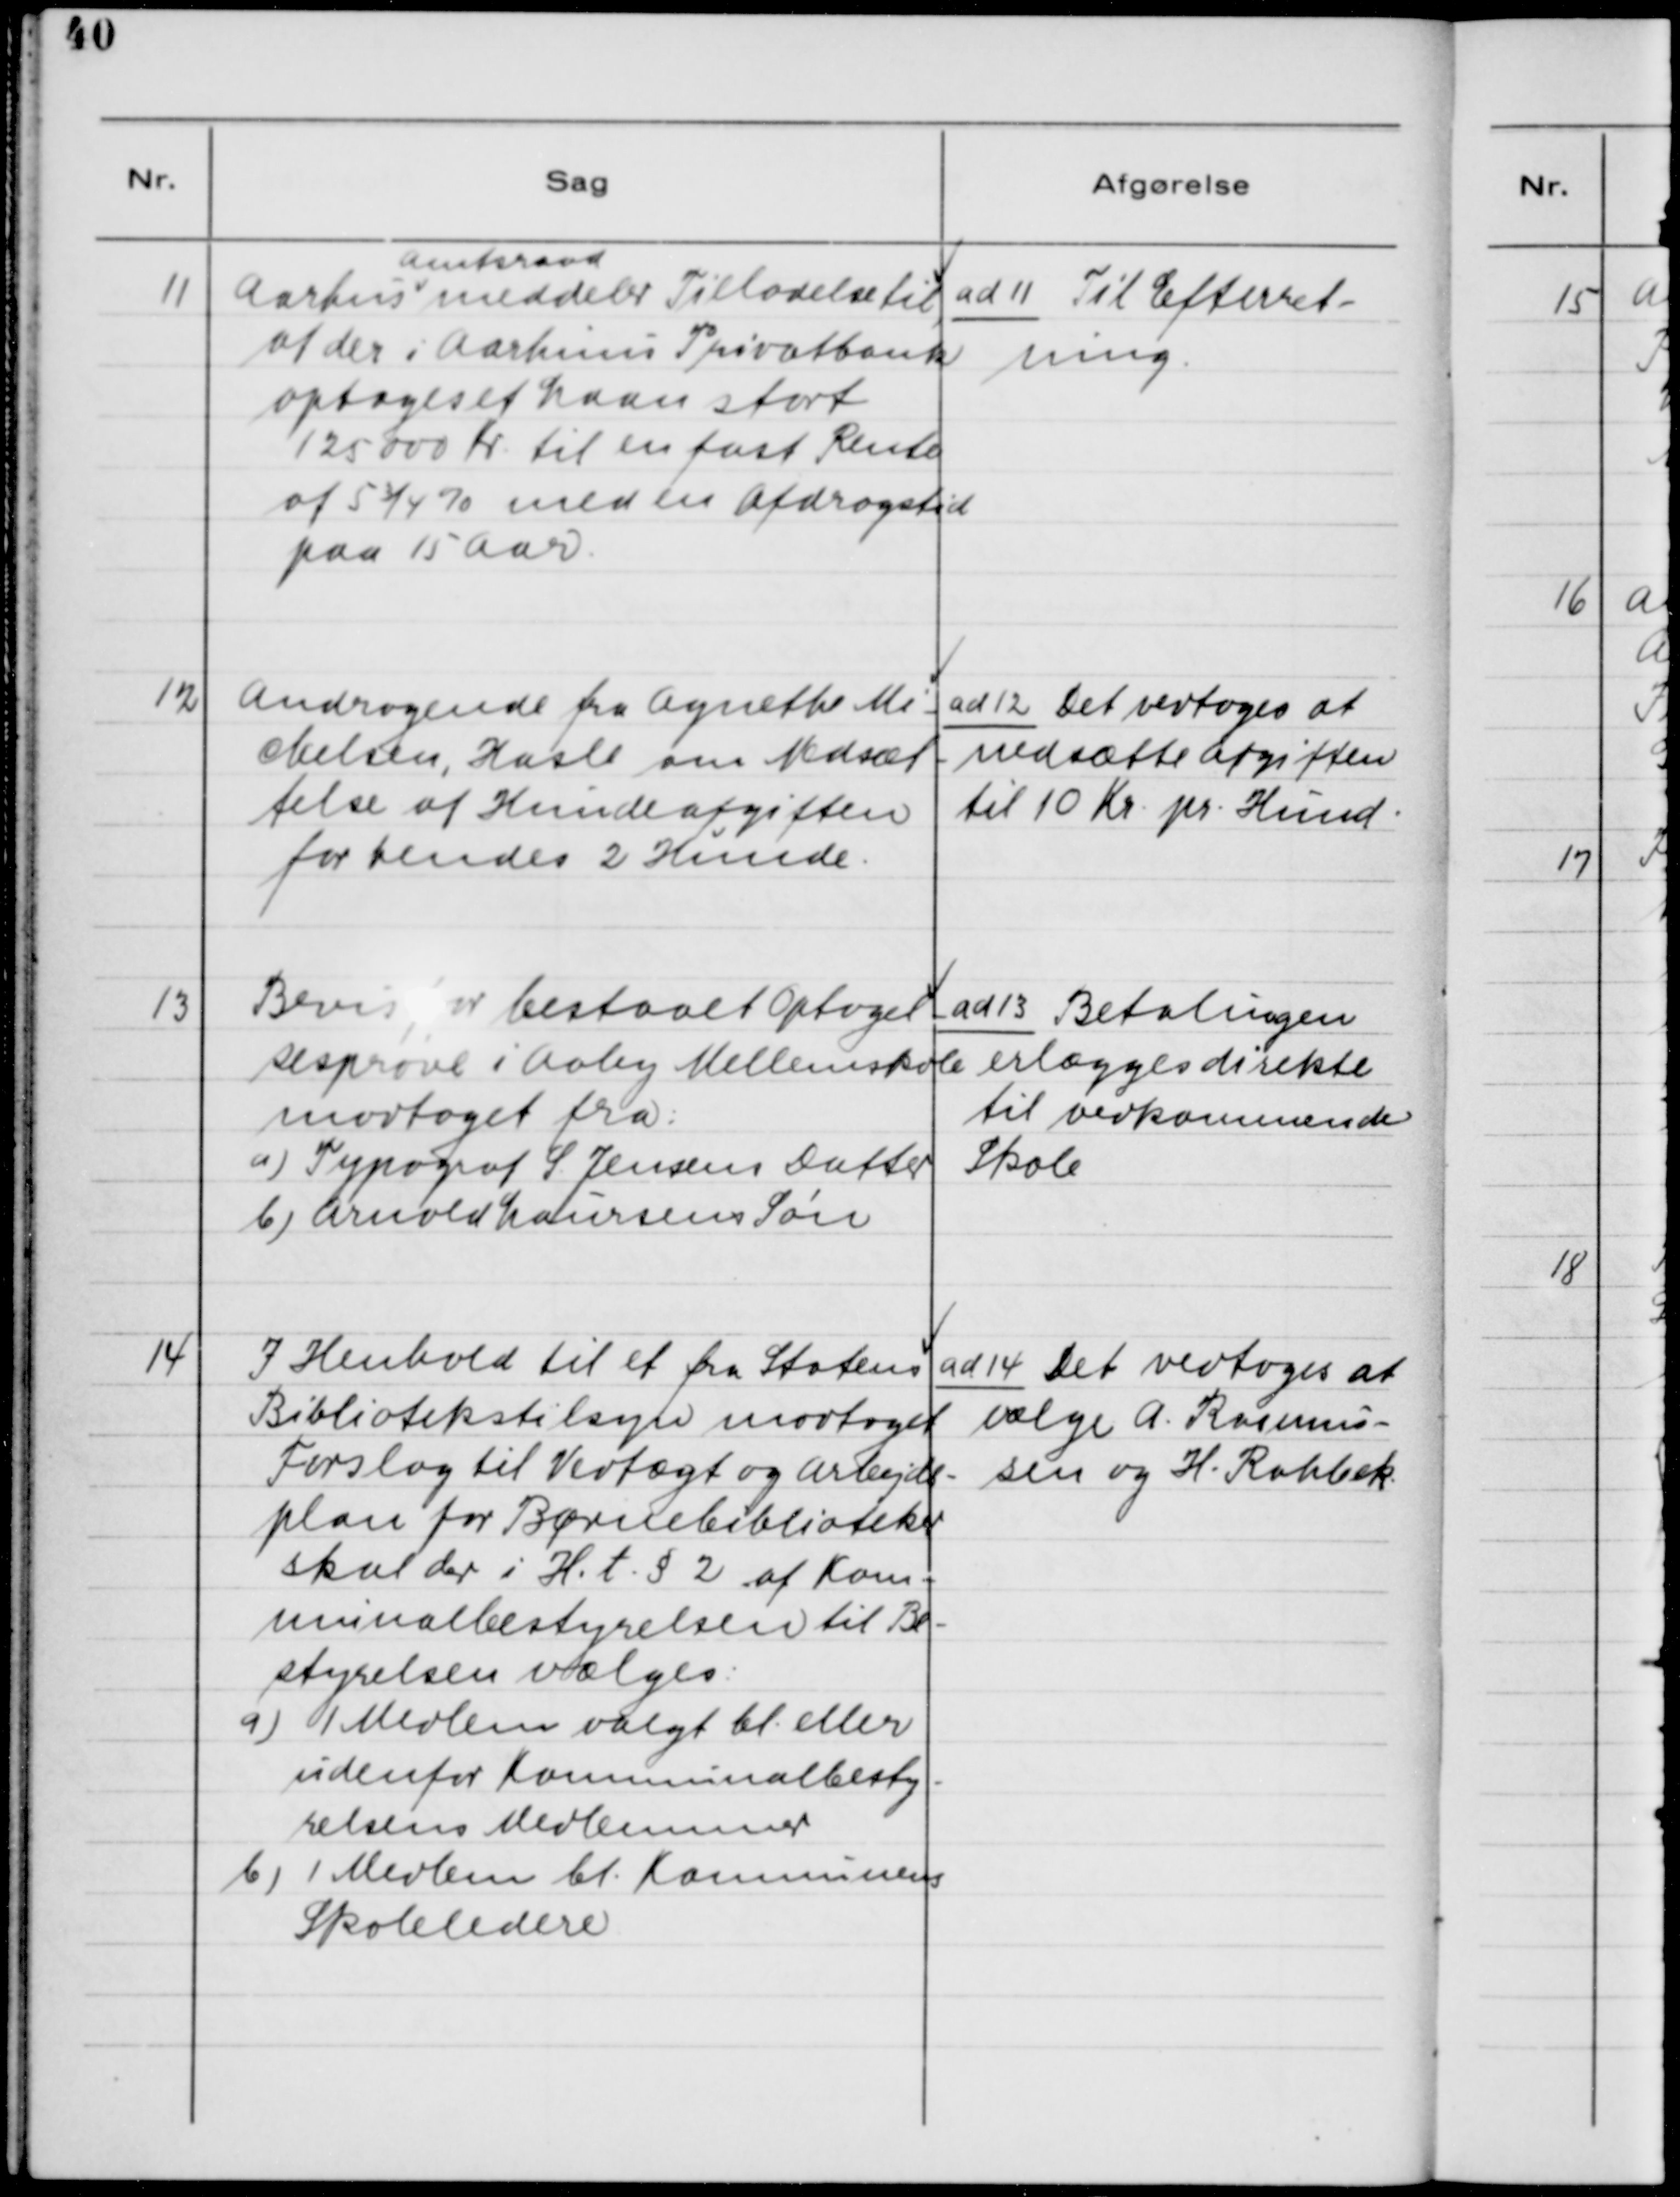
Transskription:
11. Aarhus Amtsraad meddeler Tilladelse til,
at der i Aarhus Privatbank
optages et Laan stort
125000 Kr. til en fast Rente
af 5 3/4 % med en Afdragstid
paa 15 Aar.

ad 11. Til Efterret-
ning.

12. Andragende fra Agnethe Mi-
chelsen, Hasle om Nedsæt-
telse af Hundeafgiften
for hendes 2 Hunde.

ad 12. Det vedtoges af
nedsætte Afgiften
til 10 Kr. pr. Hund.

13. Bevis for bestaaet Optagel-
sesprøve i Aaby Mellemskole
modtaget fra:
a) Typograf S. Jensens Datter
b) Arnold Laursens Søn

ad 13. Betalingen
erlægges direkte
til vedkommende
Skole.

14. I henhold til et fra Statens
Bibliotekstilsyn modtaget
Forslag til Vedtægt og Arbejds-
plan for Børnebiblioteker
skal der i H. t. § 2 af Kom-
nunalbestyrelsen til Be-
styrelsen vælges:
a) 1 Medlem valgt bl. eller
udenfor Kommunalbesty-
relsens Medlemmer
b) 1 Medlem bl. Kommunens
Skoleledere

ad 14. Det vedtoges at
vælge A. Rasmus-
sen og H. Rahbek.